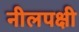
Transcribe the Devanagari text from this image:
नीलपक्षी